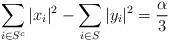
LaTeX: \begin{align*} \sum_{i \in S^c} |x_i|^2 - \sum_{i \in S} |y_i|^2 = \frac{\alpha}{3}\end{align*}